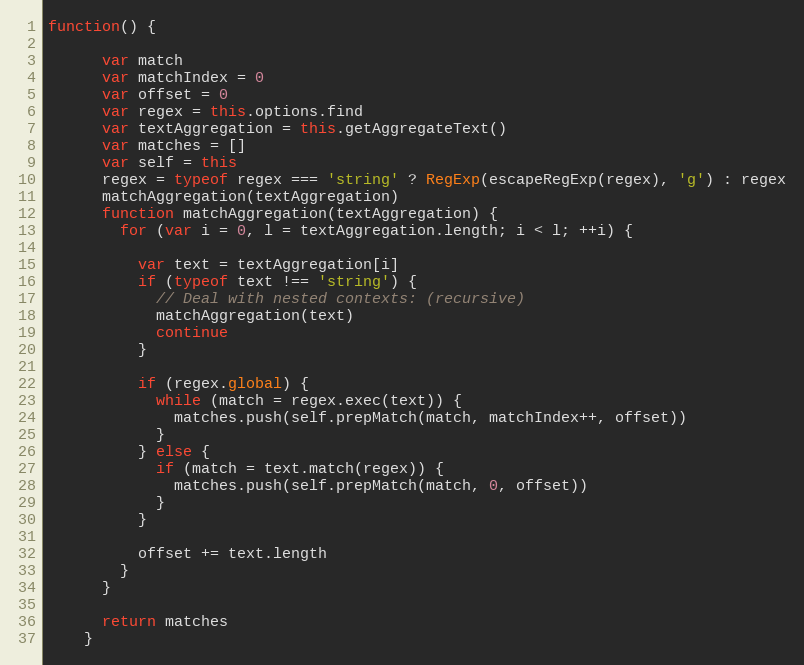
Language: JavaScript
function() {

      var match
      var matchIndex = 0
      var offset = 0
      var regex = this.options.find
      var textAggregation = this.getAggregateText()
      var matches = []
      var self = this
      regex = typeof regex === 'string' ? RegExp(escapeRegExp(regex), 'g') : regex
      matchAggregation(textAggregation)
      function matchAggregation(textAggregation) {
        for (var i = 0, l = textAggregation.length; i < l; ++i) {

          var text = textAggregation[i]
          if (typeof text !== 'string') {
            // Deal with nested contexts: (recursive)
            matchAggregation(text)
            continue
          }

          if (regex.global) {
            while (match = regex.exec(text)) {
              matches.push(self.prepMatch(match, matchIndex++, offset))
            }
          } else {
            if (match = text.match(regex)) {
              matches.push(self.prepMatch(match, 0, offset))
            }
          }

          offset += text.length
        }
      }

      return matches
    }